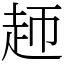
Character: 䞙